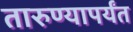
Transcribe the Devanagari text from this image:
तारुण्यापर्यंत